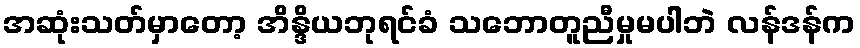
အဆုံးသတ်မှာတော့ အိန္ဒိယဘုရင်ခံ သဘောတူညီမှုမပါဘဲ လန်ဒန်က